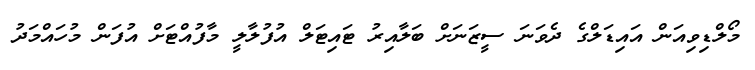
މޯލްޑިވިއަން އައިޑަލްގެ ދެވަނަ ސީޒަނަށް ބަލާއިރު ޓައިޓަލް އުފުލާލީ މާފުއްޓަށް އުފަން މުހައްމަދު